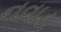
નવાડા